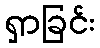
ရှာခြင်း